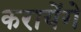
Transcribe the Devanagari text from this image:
करायेंगे